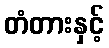
တံတားနှင့်